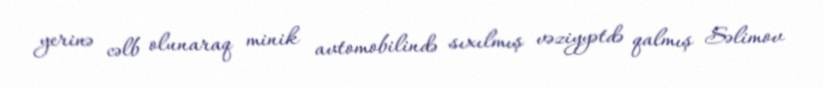
yerinə cəlb olunaraq minik avtomobilində sıxılmış vəziyyətdə qalmış Səlimov